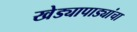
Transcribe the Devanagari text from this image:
खेड्यापाड्यांचा